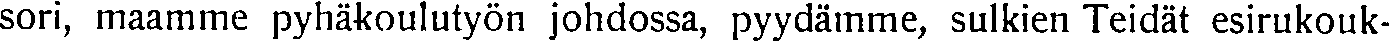
sori, maamme pyhäkoulutyön johdossa, pyydämme, sulkien Teidät esirukouk-